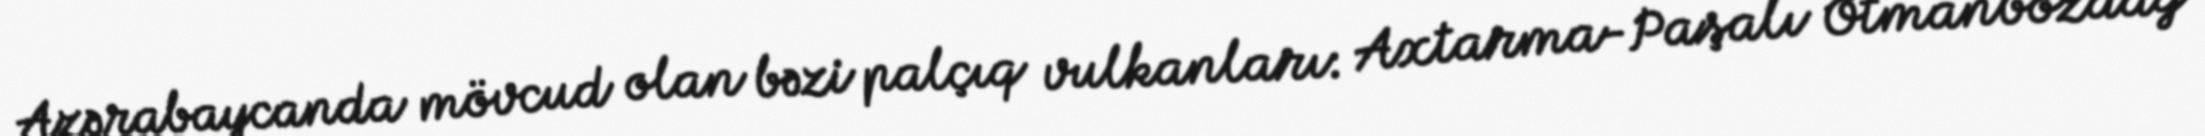
Azərabaycanda mövcud olan bəzi palçıq vulkanları: Axtarma-Paşalı Otmanbozdağ